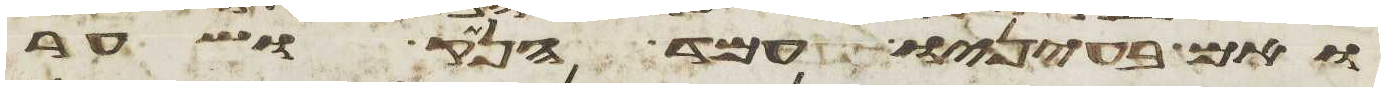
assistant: ואם בעיניו עמד הנתק ושער